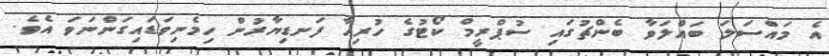
އެ މައްސަލަ ބައްލަވާ ބެންޗުގައި ސުޕްރީމް ކޯޓުގެ ހުރިހާ ފަނޑިޔާރުން ހިމެނިވަޑައިގަންނަވަ އެވެ.